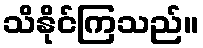
သိနိုင်ကြသည်။